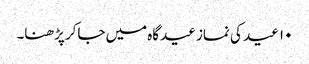
۱۰ عید کی نماز عیدگاہ میں جاکر پڑھنا۔